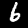
Digit: 6